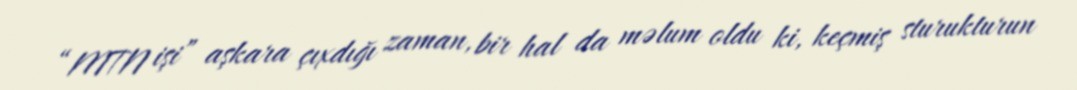
“MTN işi” aşkara çıxdığı zaman, bir hal da məlum oldu ki, keçmiş sturukturun